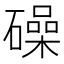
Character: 𥖨